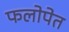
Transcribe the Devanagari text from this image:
फलोपेत